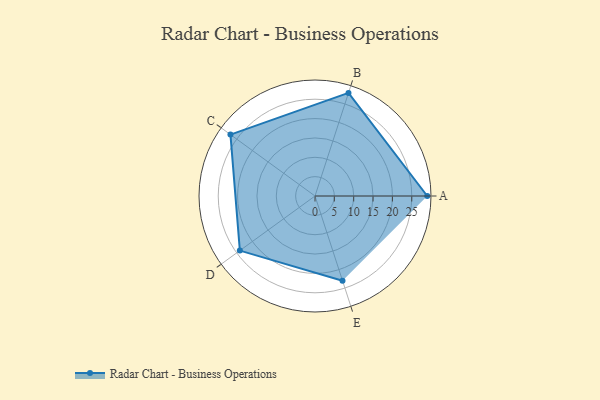
{"axis": {"x": "Skill", "y": "Score"}, "legend": ["Profile"], "data": [{"x": "A", "y": 29.0, "type": "Profile"}, {"x": "B", "y": 28.0, "type": "Profile"}, {"x": "C", "y": 27.0, "type": "Profile"}, {"x": "D", "y": 24.0, "type": "Profile"}, {"x": "E", "y": 23.0, "type": "Profile"}]}